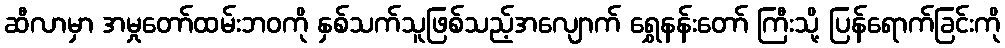
ဆီလာမှာ အမှုတော်ထမ်းဘဝကို နှစ်သက်သူဖြစ်သည့်အလျောက် ရွှေနန်းတော် ကြီးသို့ ပြန်ရောက်ခြင်းကို